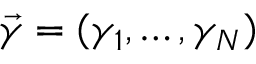
{ \vec { \gamma } } = ( \gamma _ { 1 } , \ldots , \gamma _ { N } )